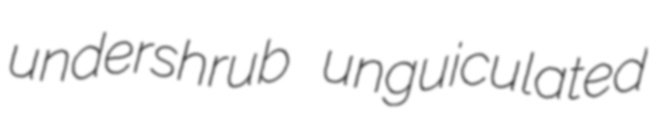
undershrub unguiculated